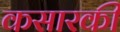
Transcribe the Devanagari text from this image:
कसारकी